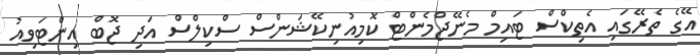
އޭގެ ތެރޭގައި އެތިކްސް ޓައިމް މެނޭޖްމެންޓް ކޮމިއުނިކޭޝަންސް ސްކިލްސް އަދި ޖޮބް އިންޓަވިއު